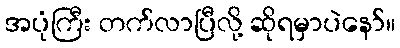
အပုံကြီး တက်လာပြီလို့ ဆိုရမှာပဲနော်။